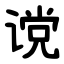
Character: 谠